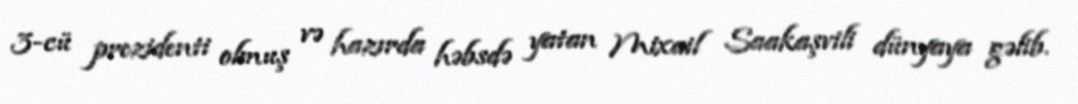
3-cü prezidenti olmuş və hazırda həbsdə yatan Mixail Saakaşvili dünyaya gəlib.